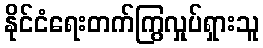
နိုင်ငံရေးတက်ကြွလှုပ်ရှားသူ